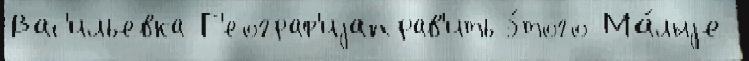
Вас'ильевка Г'еограф'иjаправ'ить э́того Ма́лыjе